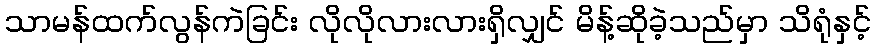
သာမန်ထက်လွန်ကဲခြင်း လိုလိုလားလားရှိလျှင် မိန့်ဆိုခဲ့သည်မှာ သိရုံနှင့်